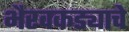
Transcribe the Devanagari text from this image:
भैरवकड्याचे